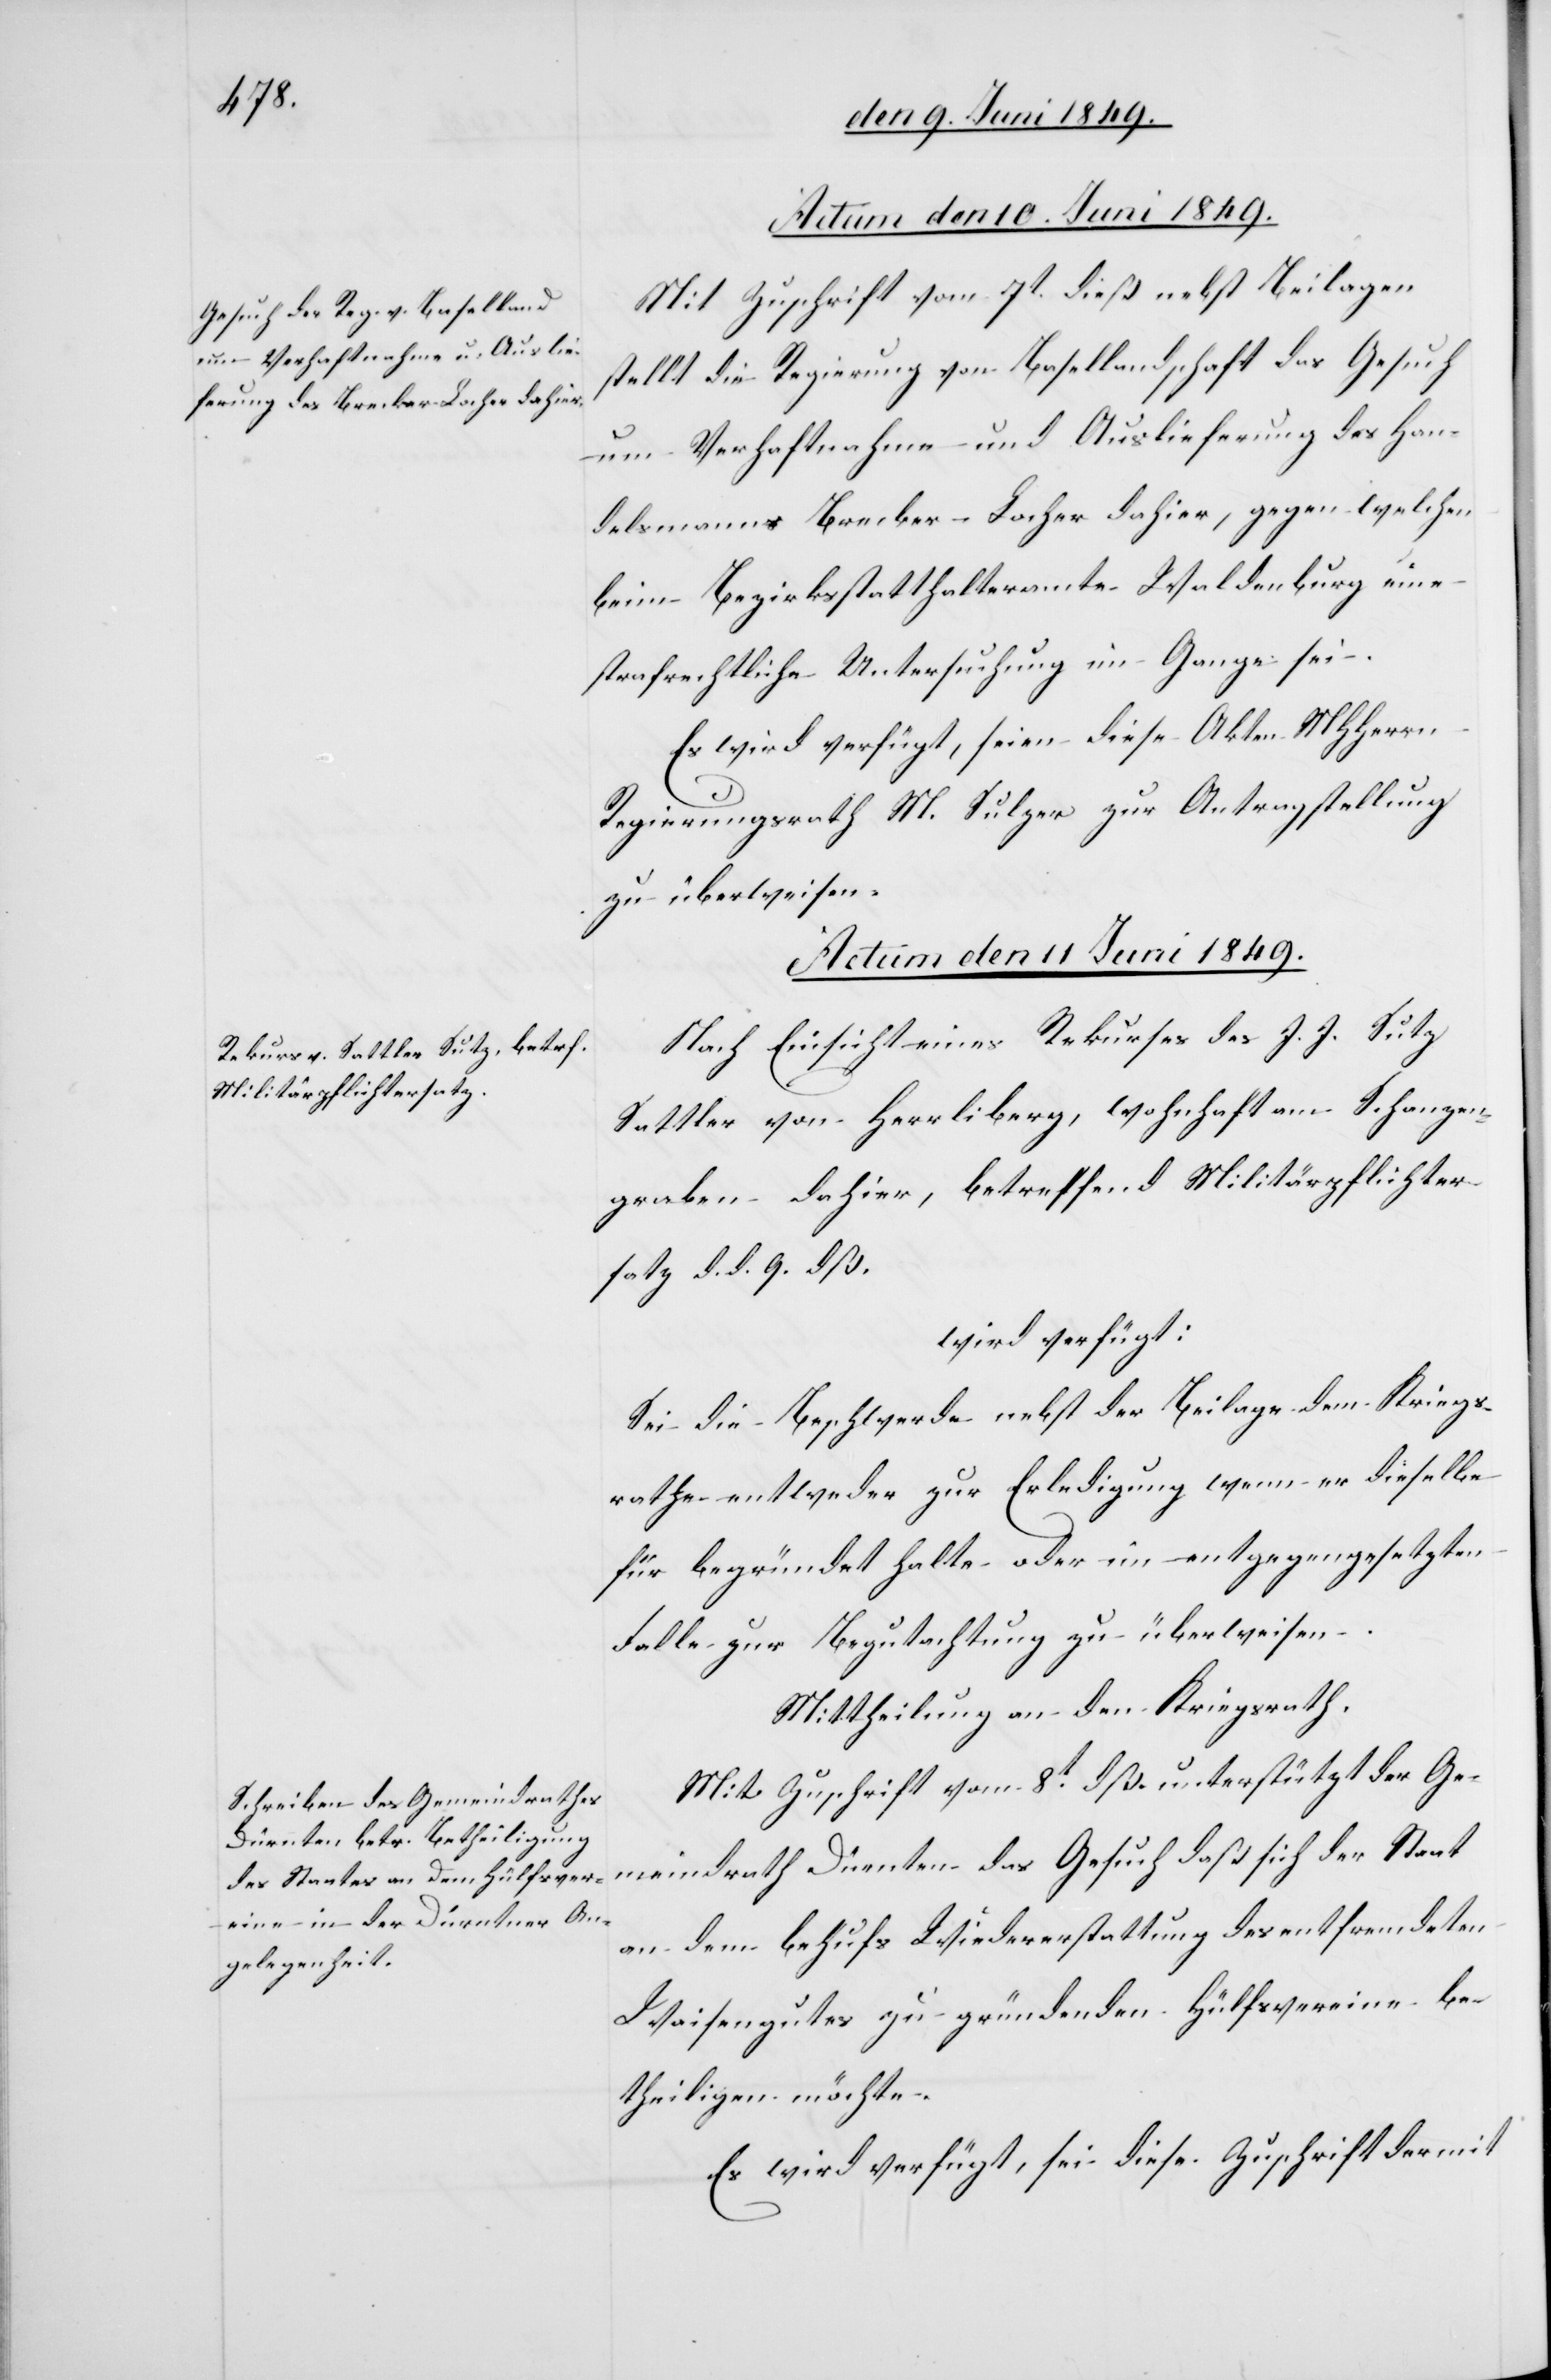
Actum den 10. Juni 1849.
Mit Zuschrift vom 7t dieß nebst den Beilagen
stellt die Regierung von Basellandschaft das Gesuch
um Verhaftnahme und Auslieferung des Han¬
delsmanns Brecker-Locher dahier, gegen welchen
beim Bezirksstatthalteramte Waldenburg eine
strafrechtliche Untersuchung im Gange sei.
Es wird verfügt, seien diese Akten MHHerrn
Regierungsrath M. Sulzer zur Antragstellung
zu überweisen.
Actum den 11. Juni 1849.]
Nach Einsicht eines Rekurses des J. J. Sutz
Sattler von Herrliberg, wohnhaft am Schanzen¬
graben dahier, betreffend Militärpflichter¬
satz d. d. 9. dß.
wird verfügt:
Sei die Beschwerde nebst der Beilage dem Kriegs¬
rathe entweder zur Erledigung wenn er dieselbe
für begründet halte oder im entgegengesetzten
Falle zur Begutachtung zu überweisen.
Mit Zuschrift vom 8t dß. unterstützt der Ge¬
meindrath Dürnten das Gesuch daß sich der Staat
an dem behufs Wiedererstattung des entfremdeten
Waisengutes zu gründenden Hülfsverein be¬
theiligen möchte.
Es wird verfügt, sei diese Zuschrift der mit